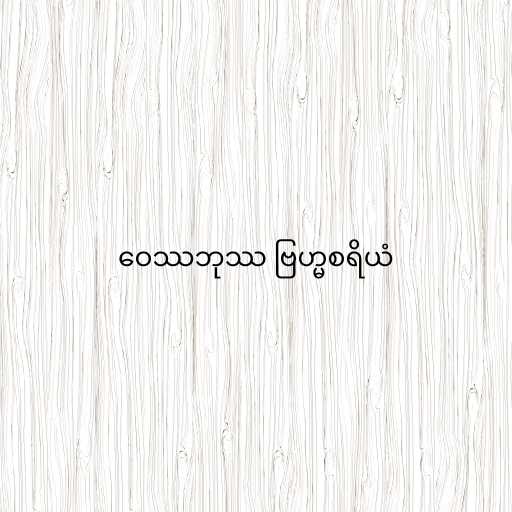
ဝေဿဘုဿ ဗြဟ္မစရိယံ